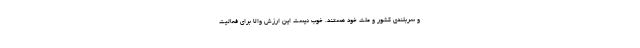
و سربلندی کشور و ملت خود هستند. خوب نیست این ارزش والا برای فعالیت